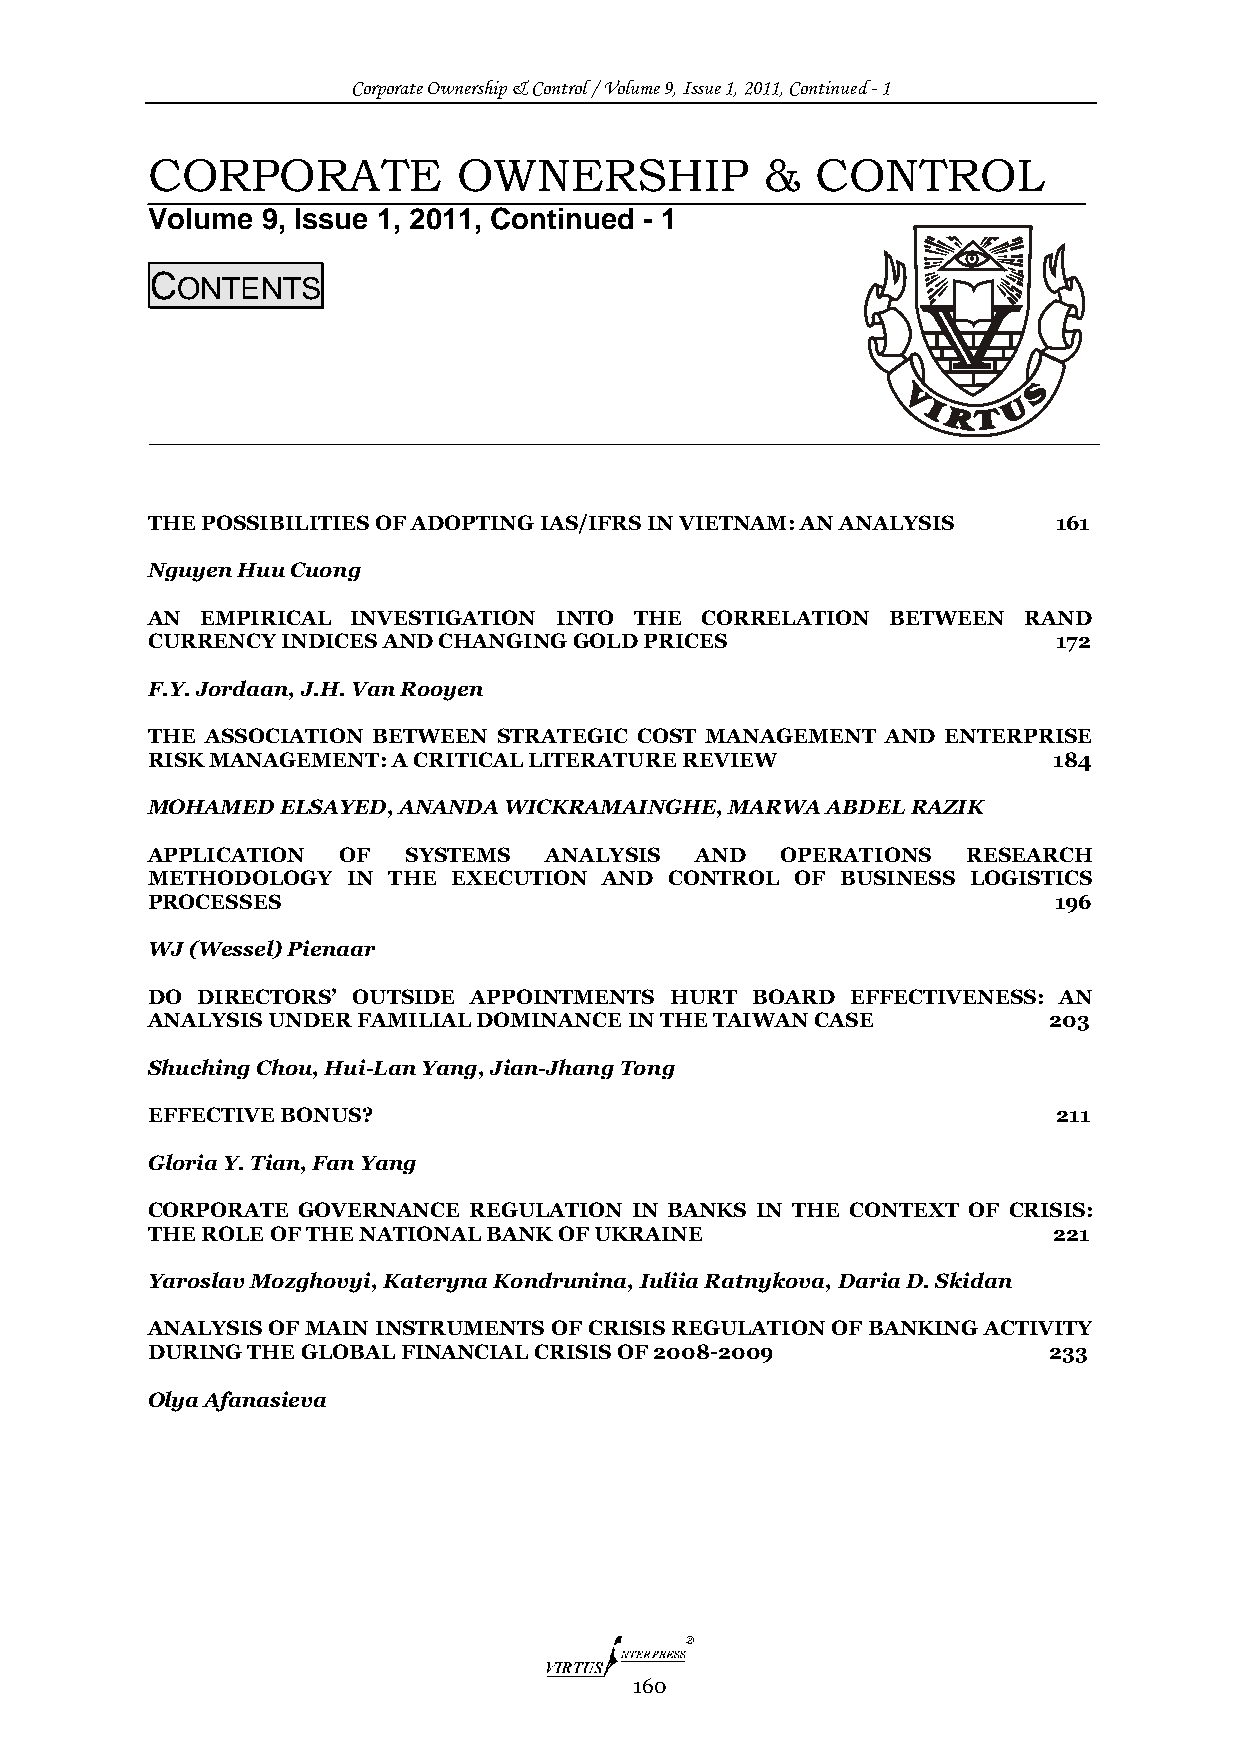
Corporate Ownership & Control / Volume 9, Issue 1, 2011, Continued - 1
 CORPORATE           OWNERSHIP            &  CONTROL
 Volume 9, Issue 1, 2011, Continued - 1
 CONTENTS
 THE POSSIBILITIES OF ADOPTING IAS/IFRS IN VIETNAM: AN ANALYSIS 161
 Nguyen Huu Cuong
 AN EMPIRICAL INVESTIGATION INTO THE CORRELATION  BETWEEN  RAND
 CURRENCY INDICES AND CHANGING GOLD PRICES                   172
 F.Y. Jordaan, J.H. Van Rooyen
 THE ASSOCIATION BETWEEN STRATEGIC COST MANAGEMENT AND ENTERPRISE
 RISK MANAGEMENT: A CRITICAL LITERATURE REVIEW               184
 MOHAMED  ELSAYED, ANANDA WICKRAMAINGHE, MARWA ABDEL RAZIK
 APPLICATION OF   SYSTEMS  ANALYSIS  AND   OPERATIONS  RESEARCH
 METHODOLOGY  IN THE EXECUTION AND CONTROL  OF BUSINESS LOGISTICS
 PROCESSES                                                   196
 WJ (Wessel) Pienaar
 DO DIRECTORS’ OUTSIDE APPOINTMENTS HURT BOARD EFFECTIVENESS: AN
 ANALYSIS UNDER FAMILIAL DOMINANCE IN THE TAIWAN CASE       203
 Shuching Chou, Hui-Lan Yang, Jian-Jhang Tong
 EFFECTIVE BONUS?                                            211
 Gloria Y. Tian, Fan Yang
 CORPORATE GOVERNANCE REGULATION IN BANKS IN THE CONTEXT OF CRISIS:
 THE ROLE OF THE NATIONAL BANK OF UKRAINE                    221
 Yaroslav Mozghovyi, Kateryna Kondrunina, Iuliia Ratnykova, Daria D. Skidan
 ANALYSIS OF MAIN INSTRUMENTS OF CRISIS REGULATION OF BANKING ACTIVITY
 DURING THE GLOBAL FINANCIAL CRISIS OF 2008-2009            233
 Olya Afanasieva
 160